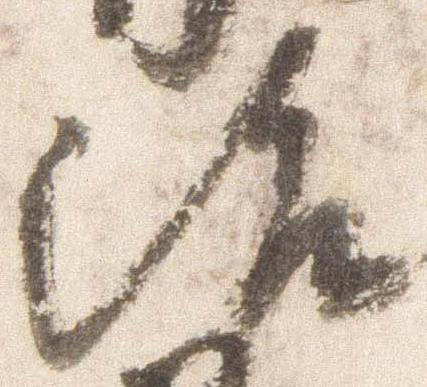
治